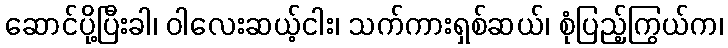
ဆောင်ပို့ပြီးခါ၊ ဝါလေးဆယ့်ငါး၊ သက်ကားရှစ်ဆယ်၊ စုံပြည့်ကြွယ်က၊